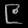
Digit: ၉